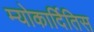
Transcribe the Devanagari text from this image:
म्योकार्दितिस